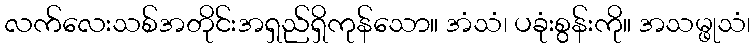
လက်လေးသစ်အတိုင်းအရှည်ရှိကုန်သော။ အံသံ၊ ပခုံးစွန်းကို။ အသမ္ဖုသံ၊